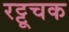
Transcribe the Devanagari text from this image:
रट्टूचक